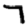
Digit: 7